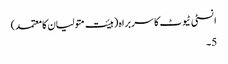
انسٹی ٹیوٹ کا سربراہ (ہیئت متولیان کا معتمد)
5۔